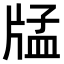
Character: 𤗖